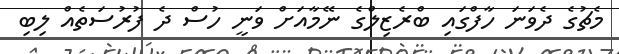
މެޗުގެ ދެވަނަ ހާފްގައި ބްރެޒިލްގެ ނޭމާއަށް ވަނީ ހުސް ދެ ފުރުސަތެއް ލިބި